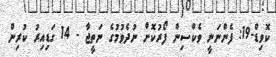
ކޮވިޑް-19: ފެންނަނީ ވެކްސިން ފޯރުކޮށް ނުދެވުމުގެ ނަތީޖާ - 14 ގަޑިއިރު ކުރިން